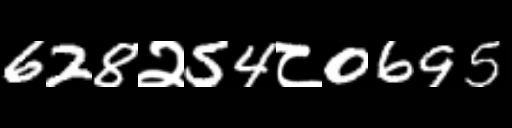
Text: 628२54८0695